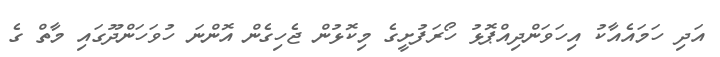
އަދި ހަމައެއާކު އިހަވަންދިއްޕޮޅު ހޯރަފުށީގެ މިކޮޅުން ޖެހިގެން އޮންނަ ހުވަހަންދޫގައި މާތް ގެ